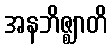
အနဘိဇ္ဈာတိ